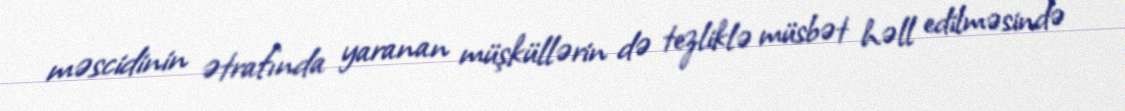
məscidinin ətrafında yaranan müşküllərin də tezliklə müsbət həll edilməsində